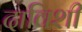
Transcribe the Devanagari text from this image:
दाविशी